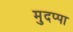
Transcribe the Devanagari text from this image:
मुदप्पा